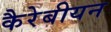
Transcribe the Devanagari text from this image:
कैरेबीयन